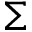
\Sigma